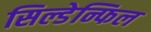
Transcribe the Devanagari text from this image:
सिल्डेन्फिल